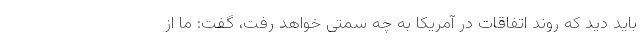
باید دید که روند اتفاقات در آمریکا به چه سمتی خواهد رفت، گفت: ما از